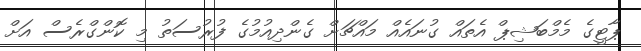
ޕާޓީގެ މެމްބަޝިޕް އެތައް ގުނައެއް މައްޗަށް ގެންދިއުމުގެ ފުރުސަތު މި ކޮންގްރެސް އަށް